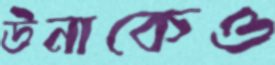
উনাকেও